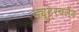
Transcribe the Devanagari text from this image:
ड्यूट्स्चलैंड